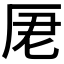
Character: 𠩑